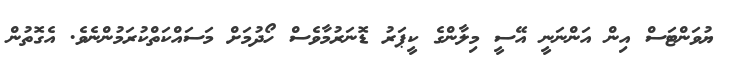
ޔުވަންޓަސް އިން އަންނަނީ އޭސީ މިލާންގެ ކީޕަރު ޑޮނަރުމާވެސް ހޯދުމަށް މަސައްކަތްކުރަމުންނެވެ. އެގޮތުން